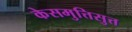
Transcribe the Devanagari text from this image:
केसमुत्तिसुत्त